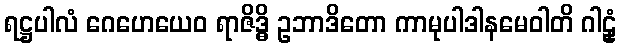
ရဋ္ဌပါလံ ဂေဟေယေဝ ရာဇိဒ္ဓိ ဥဘာဒိတော ကာမုပါဒါနမေဝါတိ ဂါဠှံ